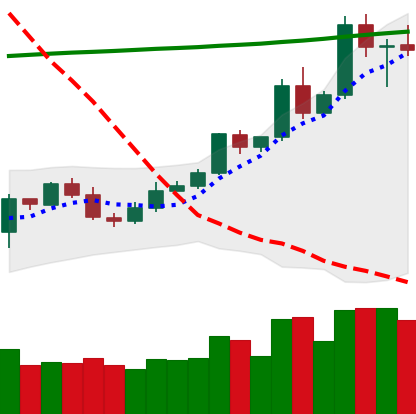
Ticker: ETC-USD
Chart end date: 2020-05-05
Forward return: -13.757%
Label: down_7plus